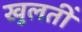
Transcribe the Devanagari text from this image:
खुलतीं